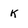
Character: k